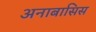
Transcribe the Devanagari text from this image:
अनाबासिस